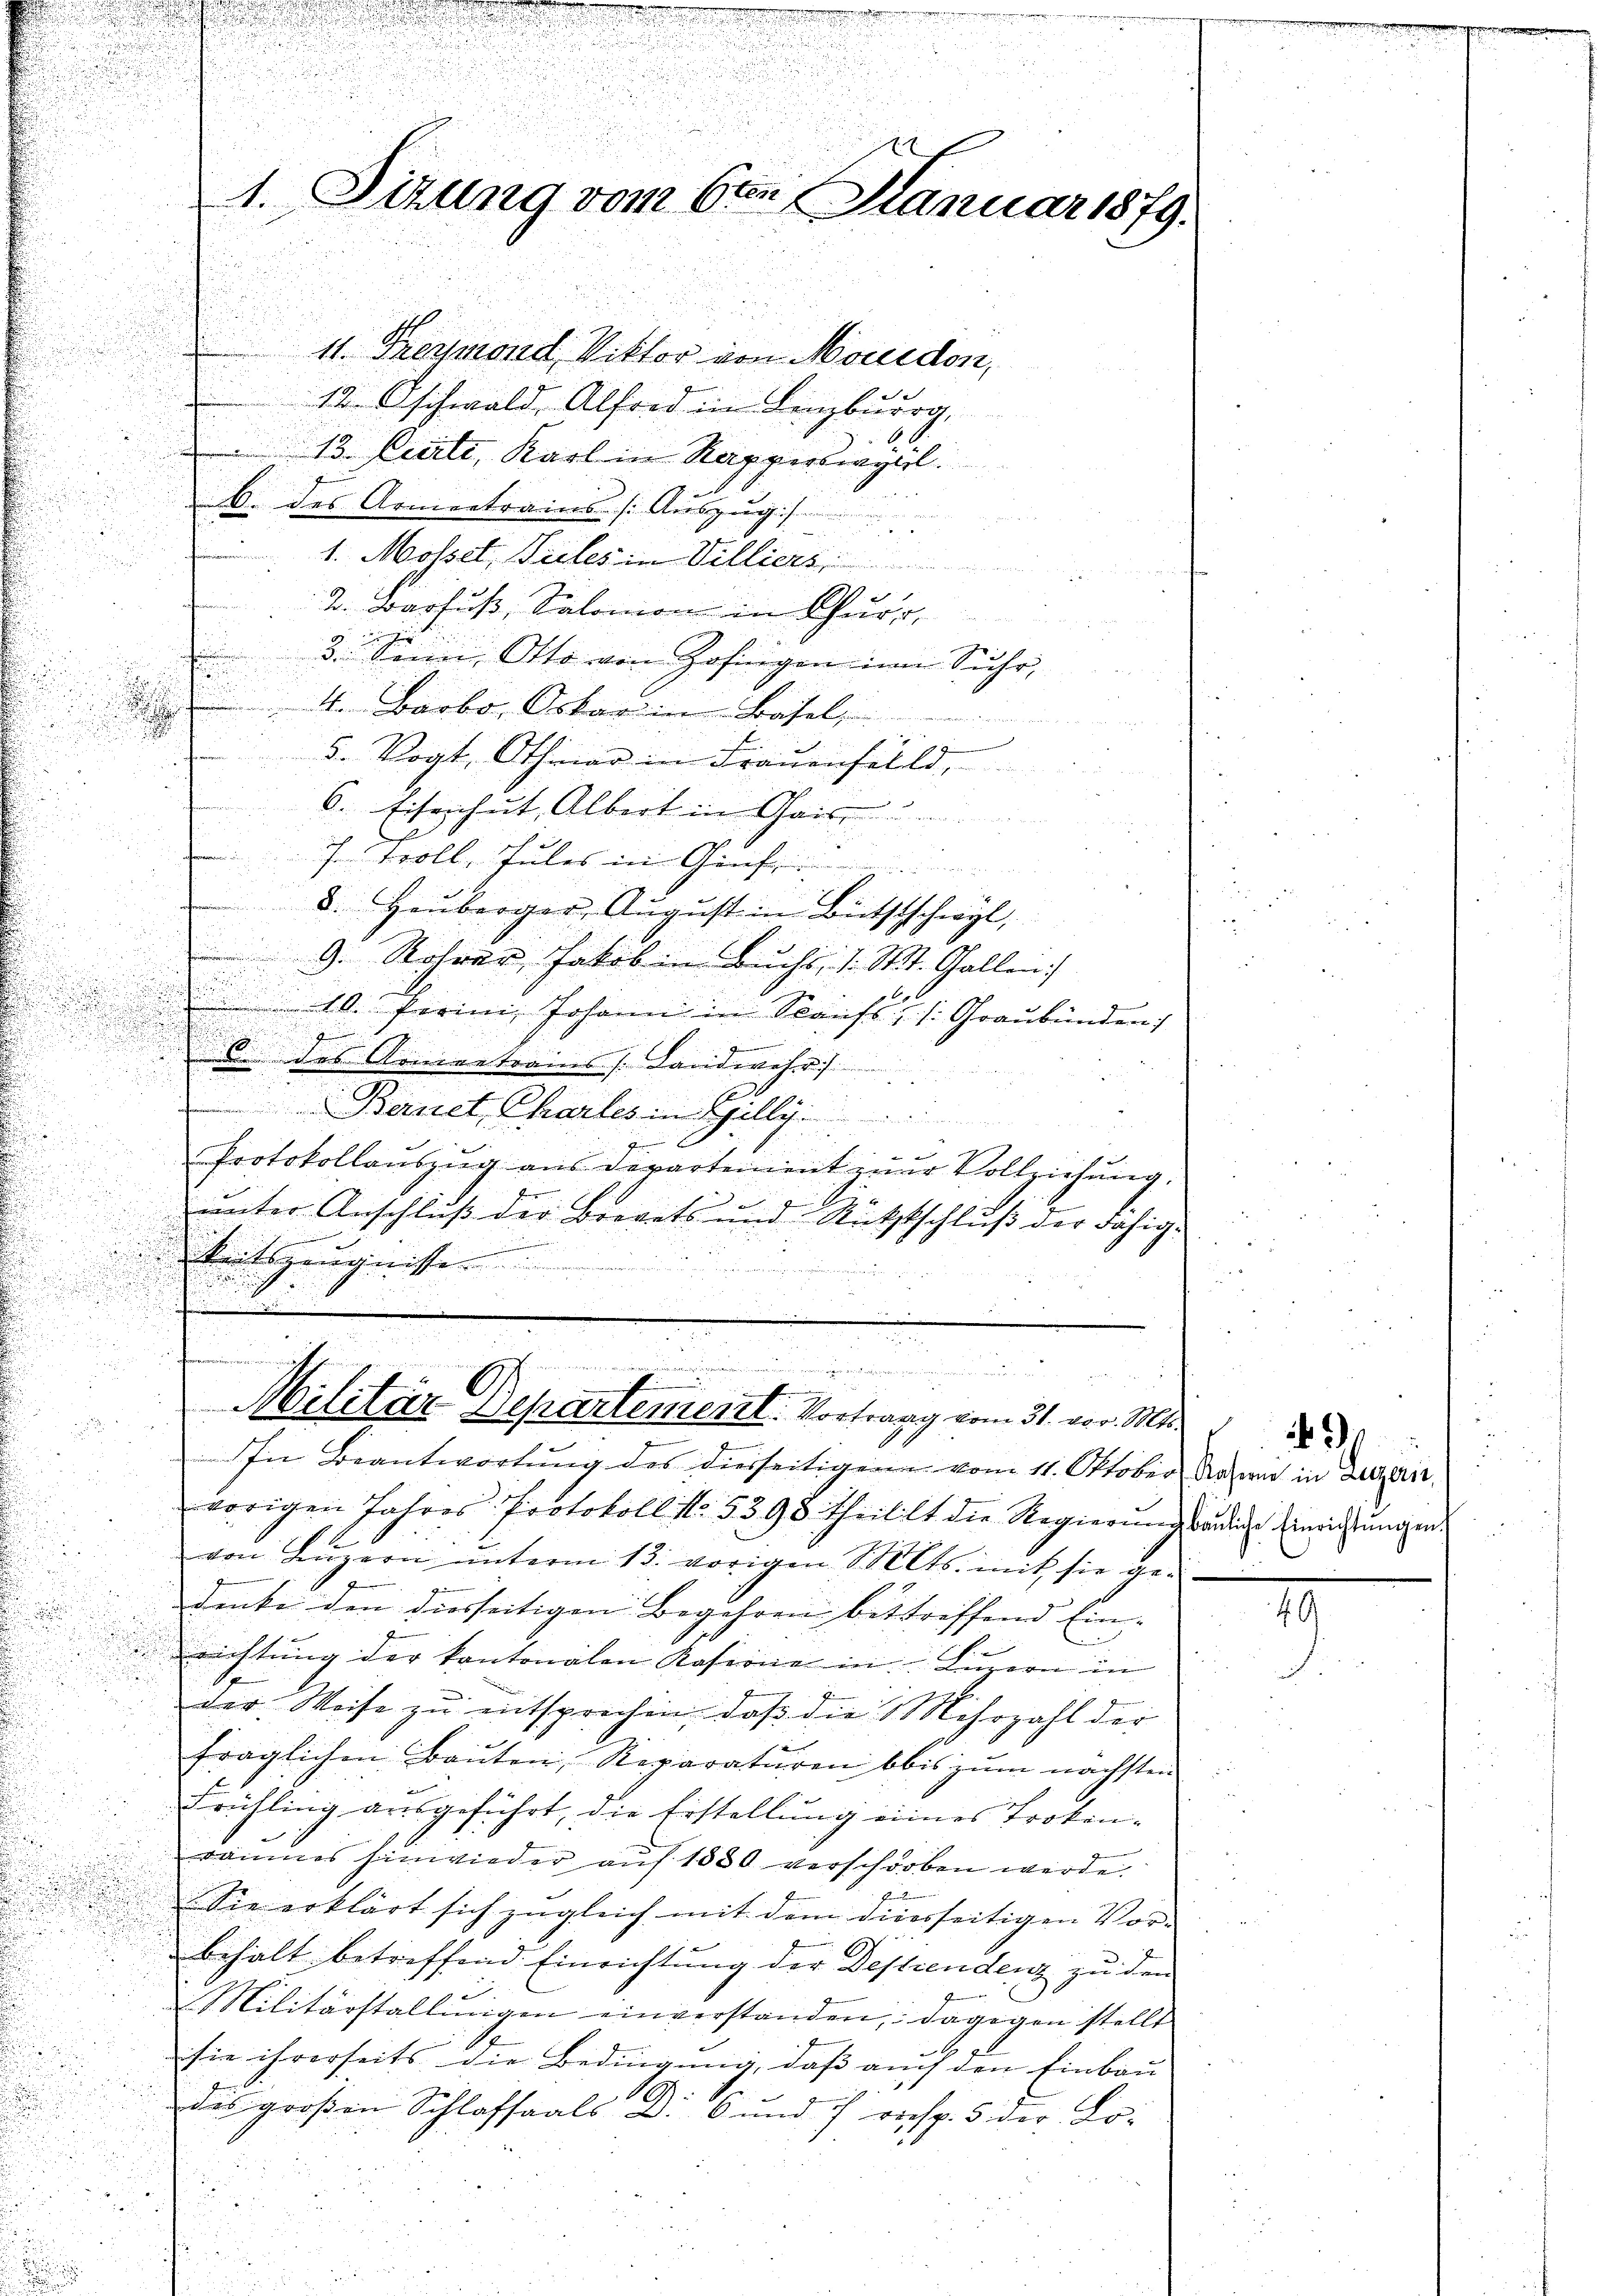
u

.
i

11. Freymond, Viktor von Moudon,
12 Oschwald Alford in Linzburg,
13. Certi, Karl in Karperlingerl.
b. des Armentrains Auszug
1. Mossel, Pules in Villiers
e
2. Barfuß, Salomon in Chur
3. Seine Otto von Zofingen in Suhr,
 Barbo. Oskar in Basel
5. Vogt, Othmar in Frauenfällt,
6. Eisenhut, Albert in Gais .......
Jr. Broll, Jules in Genf
8. Hauberger, August in Bittschwyl,
9. Rohrer, Jakobin buchs, 1. St. Gallen)
.

10. Ferini, Johann in Kaufs z /: Graubünden

6 des Armentrains (Landwehr

Bernet Chartes in Gilli

Protokollauszug aus Departement zur Vollziehung,
2
F
u

P
d
unter Anschluß der Brevets und Rittschluß der Fähig¬
u
u

n

Meitszeugnisse
.
n

.

.
n fernennung
e
3
Militär Departement. Vortrag vom 31. vor. Mts.
In Beantwortung des diesseitigen vom 11. Oktober Arzen in Bezei
vorigen Jahres Protokoll No. 5398 theillt die Regierungsändige Einrichtungen
von Luzern unterm 13. vorigen Mts. mit sie gedenke den diesseitigen Begehren bettreffend Ein- |
richtung der kantonalen Kasione in Luzern in
der Weise zu entsprochen, daß die Mehrzahl der
fraglichen Bauten, Reparaturen bis zum nächsten
Frühling ausgeführt, die Erstellung eines Trokenraumes hinwieder auf 1880 verschorben werde.
Sie erklärt sich zugleich mit dem diesseitigen Vorbehalt betreffend Einrichtung der Destiendenz zu den
e
Militärstallungen einverstanden, dagegen stellt
sie ihrerseits die Bedingung, daß auch den Einbau
des großen Schlafsaals D. 6 und 7 vochr. 5 der Lo-

1
A.Sizung vom 6ten Manuar 1879.

31